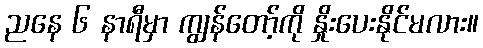
ညနေ ၆ နာရီမှာ ကျွန်တော့်ကို နှိုးပေးနိုင်မလား။